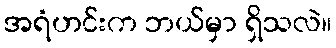
အရံဟင်းက ဘယ်မှာ ရှိသလဲ။